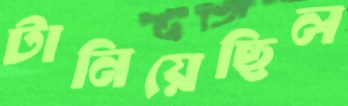
টানিয়েছিল